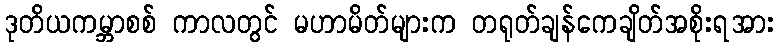
ဒုတိယကမ္ဘာစစ် ကာလတွင် မဟာမိတ်များက တရုတ်ချန်ကေချိတ်အစိုးရအား